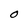
Character: O